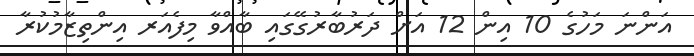
އަންނަ މަހުގެ 10 އިން 12 އަށް ދަރުބާރުގޭގައި ބާއްވާ މިފެއަރ އިންތިޒާމުކުރާ